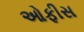
ઓફીસ